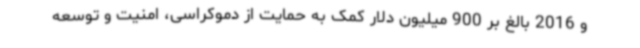
و 2016 بالغ بر 900 میلیون دلار کمک به حمایت از دموکراسی، امنیت و توسعه